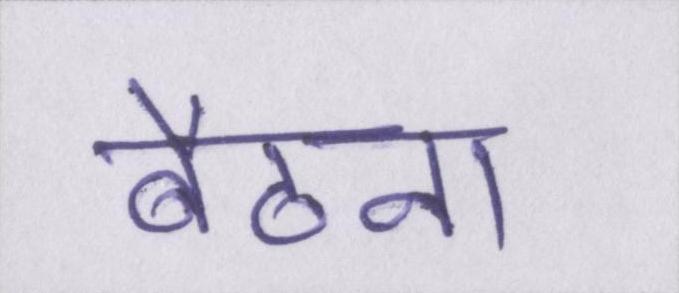
बैठना